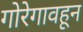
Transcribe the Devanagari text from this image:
गोरेगावहून